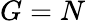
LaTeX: G=N